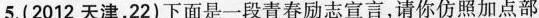
5.(2012天津，22)下面是一段青春励志宣言，请你仿照加点部